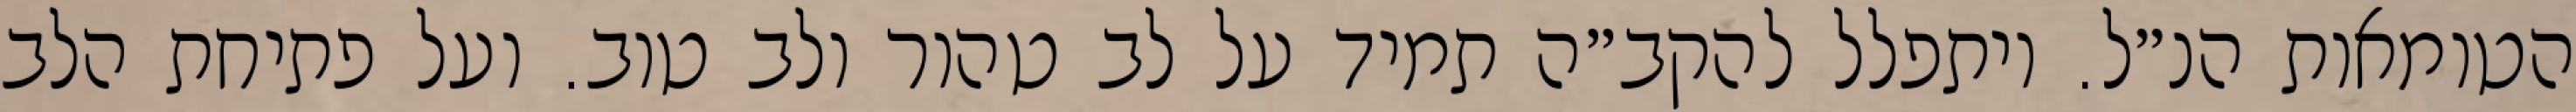
הטומאות הנ״ל. ויתפלל להקב״ה תמיד על לב טהור ולב טוב. ועל פתיחת הלב